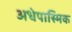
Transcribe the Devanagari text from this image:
अधेपास्मिक